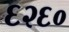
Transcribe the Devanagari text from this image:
६२६०